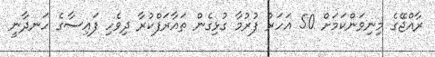
ރާއްޖޭގެ މިނިވަންކަމަށް 50 އަހަރު ފުރުމާ ގުޅިގެން ތައާރަފްކުރާ ދިވެހި ފައިސާގެ ހަނދާނީ